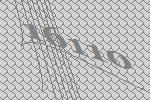
16110